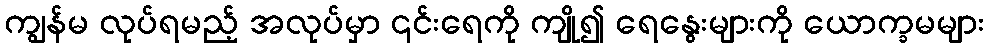
ကျွန်မ လုပ်ရမည့် အလုပ်မှာ ၎င်းရေကို ကျို၍ ရေနွေးများကို ယောက္ခမများ